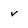
Character: v